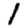
Digit: 1